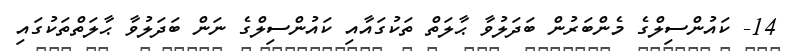
14- ކައުންސިލްގެ މެންބަރުން ބަދަލުވާ ޙާލަތް ތަކުގައާއި ކައުންސިލްގެ ނަން ބަދަލުވާ ޙާލަތްތަކުގައި